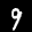
Label: 9